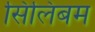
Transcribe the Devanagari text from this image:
सिलिबम